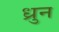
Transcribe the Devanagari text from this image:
ध्रुन